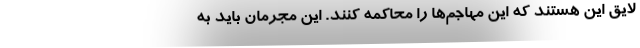
لایق این هستند که این‌ مهاجم‌ها را محاکمه کنند. این مجرمان باید به